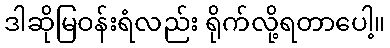
ဒါဆိုမြဝန်းရံလည်း ရိုက်လို့ရတာပေါ့။